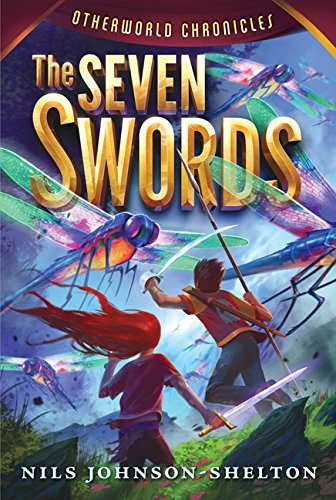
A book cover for Otherworld Chronicles #2: The Seven Swords; Nils Johnson-Shelton; Children's Books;